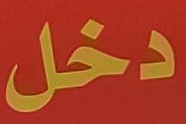
دخل